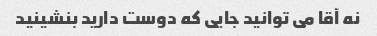
نه آقا می توانید جایی که دوست دارید بنشینید